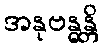
အနုဗန္ဓန္တိ